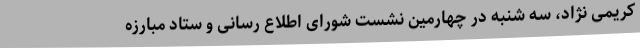
کریمی نژاد، سه شنبه در چهارمین نشست شورای اطلاع رسانی و ستاد مبارزه